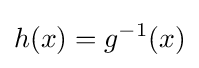
h(x)=g^{-1}(x)